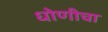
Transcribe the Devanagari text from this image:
धोणीचा